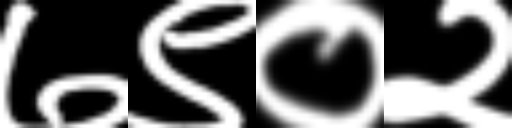
Text: ७९०२